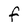
Character: F